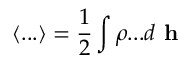
\langle . . . \rangle = \frac { 1 } { 2 } \int \rho . . . d \textbf { h }